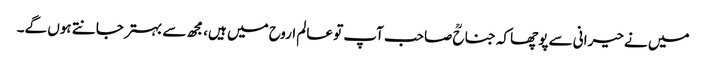
میں نے حیرانی سے پوچھا کہ جناحؒ صاحب آپ تو عالم اروح میں ہیں، مجھ سے بہتر جانتے ہوں گے۔